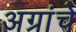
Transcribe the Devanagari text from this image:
अग्रांचे